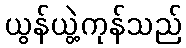
ယွန်ယွဲ့ကုန်သည်